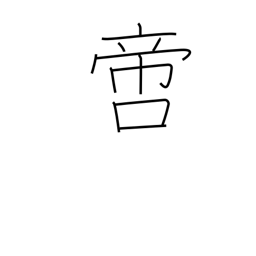
Meaning: incomparable